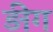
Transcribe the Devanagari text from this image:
ड़ीग